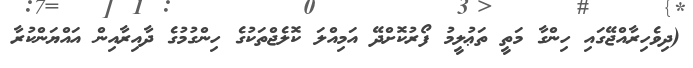
(ދިވެހިރާއްޖޭގައި ހިންގާ މަތީ ތަޢުލީމު ފޯރުކޮށްދޭ އަމިއްލަ ކޮލެޖްތަކުގެ ހިންގުމުގެ ދާއިރާއިން އައްޔަންކުރާ